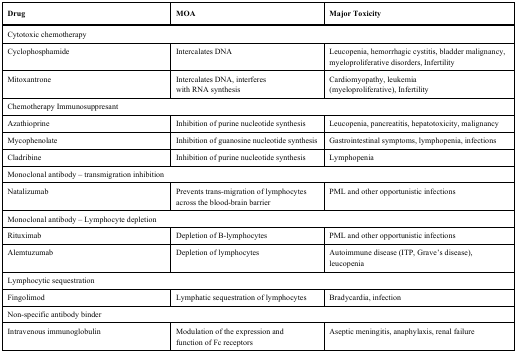
| Drug | MOA | Major Toxicity |
 | --- | --- | --- |
 | <COLSPAN=3> Cytotoxic chemotherapy |
 | Cyclophosphamide | Intercalates DNA | Leucopenia, hemorrhagic cystitis, bladder malignancy, myeloproliferative disorders, Infertility |
 | Mitoxantrone | Intercalates DNA, interferes with RNA synthesis | Cardiomyopathy, leukemia (myeloproliferative), Infertility |
 | <COLSPAN=3> Chemotherapy Immunosuppresant |
 | Azathioprine | Inhibition of purine nucleotide synthesis | Leucopenia, pancreatitis, hepatotoxicity, malignancy |
 | Mycophenolate | Inhibition of guanosine nucleotide synthesis | Gastrointestinal symptoms, lymphopenia, infections |
 | Cladribine | Inhibition of purine nucleotide synthesis | Lymphopenia |
 | <COLSPAN=3> Monoclonal antibody – transmigration inhibition |
 | Natalizumab | Prevents trans-migration of lymphocytes across the blood-brain barrier | PML and other opportunistic infections |
 | <COLSPAN=3> Monoclonal antibody – Lymphocyte depletion |
 | Rituximab | Depletion of B-lymphocytes | PML and other opportunistic infections |
 | Alemtuzumab | Depletion of lymphocytes | Autoimmune disease (ITP, Grave’s disease), leucopenia |
 | <COLSPAN=3> Lymphocytic sequestration |
 | Fingolimod | Lymphatic sequestration of lymphocytes | Bradycardia, infection |
 | <COLSPAN=3> Non-specific antibody binder |
 | Intravenous immunoglobulin | Modulation of the expression and function of Fc receptors | Aseptic meningitis, anaphylaxis, renal failure |